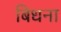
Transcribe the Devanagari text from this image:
बिधना